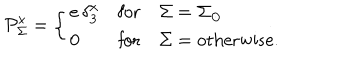
\mathcal { P } _ { \Sigma } ^ { x } = \left\{ \begin{array} { l c l } { { e \, \delta _ { 3 } ^ { x } } } & { { \mathrm { f o r } } } & { { \Sigma = \Sigma _ { \odot } } } \\ { { 0 } } & { { \mathrm { f o r } } } & { { \Sigma = \mathrm { o t h e r w i s e . } \ } } \\ \end{array} \right.